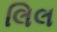
લિલ